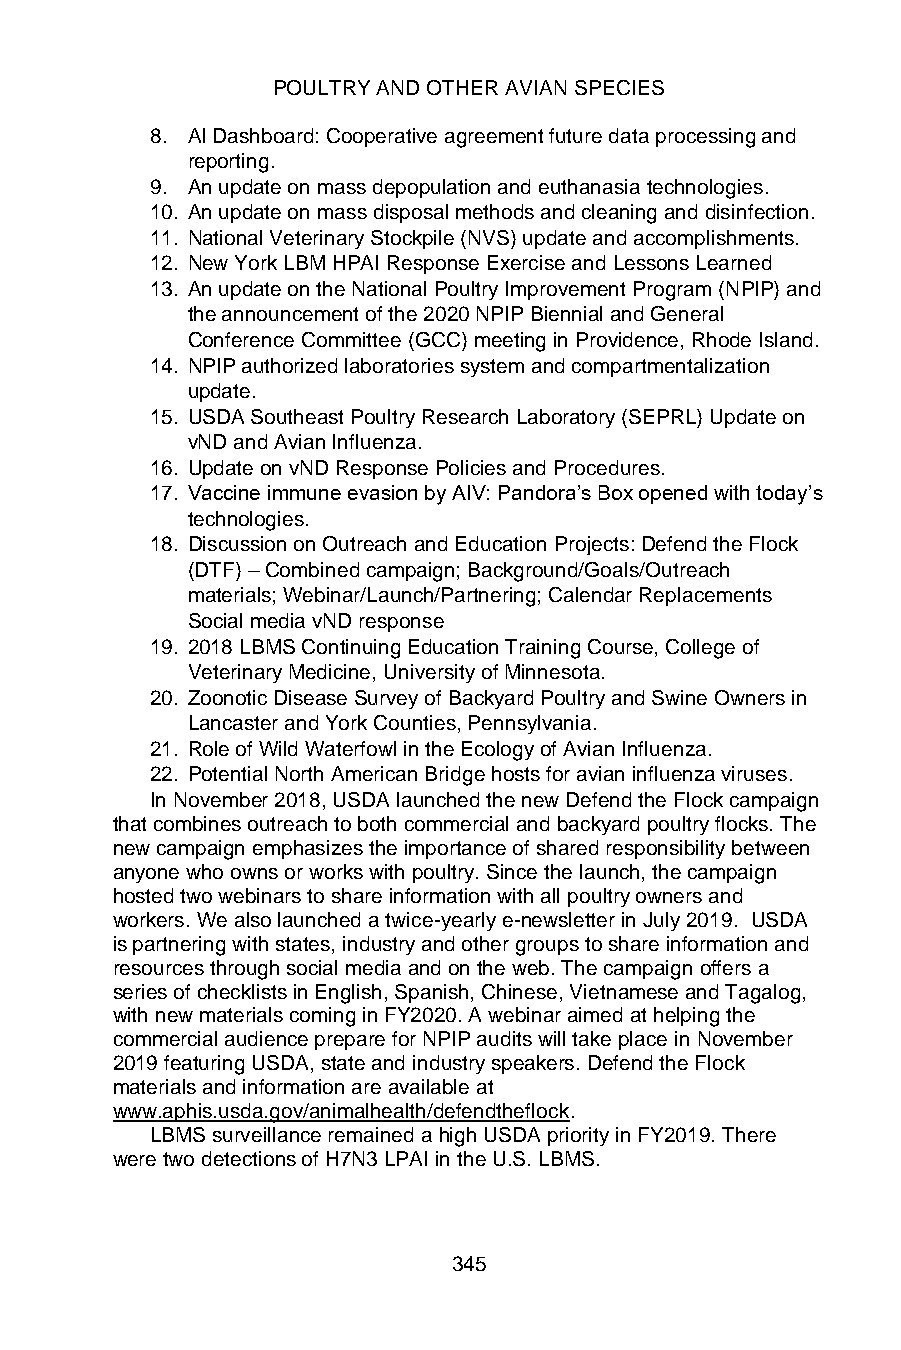
POULTRY AND OTHER AVIAN SPECIES
 8. AI Dashboard: Cooperative agreement future data processing and
 reporting.
 9. An update on mass depopulation and euthanasia technologies.
 10. An update on mass disposal methods and cleaning and disinfection.
 11. National Veterinary Stockpile (NVS) update and accomplishments.
 12. New York LBM HPAI Response Exercise and Lessons Learned
 13. An update on the National Poultry Improvement Program (NPIP) and
 the announcement of the 2020 NPIP Biennial and General
 Conference Committee (GCC) meeting in Providence, Rhode Island.
 14. NPIP authorized laboratories system and compartmentalization
 update.
 15. USDA Southeast Poultry Research Laboratory (SEPRL) Update on
 vND and Avian Influenza.
 16. Update on vND Response Policies and Procedures.
 17. Vaccine immune evasion by AIV: Pandora’s Box opened with today’s
 technologies.
 18. Discussion on Outreach and Education Projects: Defend the Flock
 (DTF) – Combined campaign; Background/Goals/Outreach
 materials; Webinar/Launch/Partnering; Calendar Replacements
 Social media vND response
 19. 2018 LBMS Continuing Education Training Course, College of
 Veterinary Medicine, University of Minnesota.
 20. Zoonotic Disease Survey of Backyard Poultry and Swine Owners in
 Lancaster and York Counties, Pennsylvania.
 21. Role of Wild Waterfowl in the Ecology of Avian Influenza.
 22. Potential North American Bridge hosts for avian influenza viruses.
 In November 2018, USDA launched the new Defend the Flock campaign
 that combines outreach to both commercial and backyard poultry flocks. The
 new campaign emphasizes the importance of shared responsibility between
 anyone who owns or works with poultry. Since the launch, the campaign
 hosted two webinars to share information with all poultry owners and
 workers. We also launched a twice-yearly e-newsletter in July 2019. USDA
 is partnering with states, industry and other groups to share information and
 resources through social media and on the web. The campaign offers a
 series of checklists in English, Spanish, Chinese, Vietnamese and Tagalog,
 with new materials coming in FY2020. A webinar aimed at helping the
 commercial audience prepare for NPIP audits will take place in November
 2019 featuring USDA, state and industry speakers. Defend the Flock
 materials and information are available at
 www.aphis.usda.gov/animalhealth/defendtheflock.
 LBMS surveillance remained a high USDA priority in FY2019. There
 were two detections of H7N3 LPAI in the U.S. LBMS.
 345